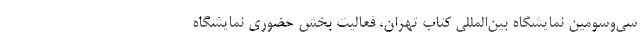
سی‌وسومین نمایشگاه بین‌المللی کتاب تهران، فعالیت بخش حضوری نمایشگاه